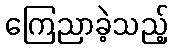
ကြေညာခဲ့သည့်